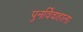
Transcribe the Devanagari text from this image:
पुनर्विवाहाला